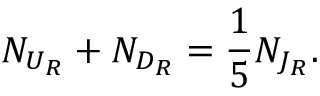
N _ { U _ { R } } + N _ { D _ { R } } = \frac { 1 } { 5 } N _ { J _ { R } } .